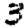
Digit: 3